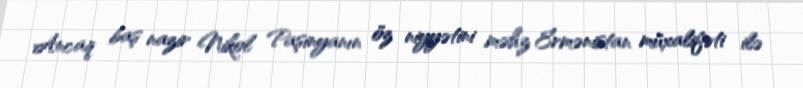
Ancaq baş nazir Nikol Paşinyanın öz niyyətini məhz Ermənistan müxalifəti ilə